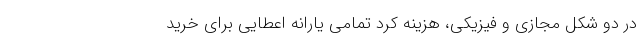
در دو شکل مجازی و فیزیکی، هزینه کرد تمامی یارانه اعطایی برای خرید